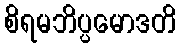
စိရမဘိပ္ပမောဒတိ